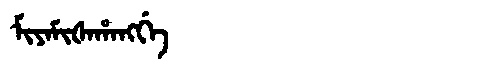
Manchu: ᠮᡳᠶᠠᠮᡳᡧᠠᡥᠠᠩᡤᡝ
Romanization: MIYAMIŠAHANGGE